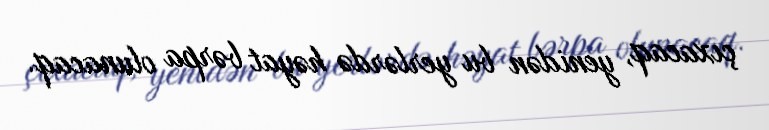
çıxacaq, yenidən bu yerlərdə həyat bərpa olunacaq.